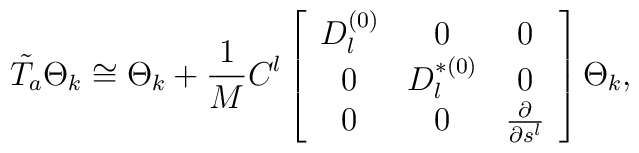
\tilde{T_a} \Theta_{k} \cong  \Theta_{k} + \frac{1}{M} C^l\left[ \begin{array}{ccc}D^{(0)}_l  & 0 & 0 \\0 &  D^{\ast(0)}_l  &0 \\0 & 0 &  \frac{\partial}{\partial s^l}\end{array}\right]  \Theta_{k},